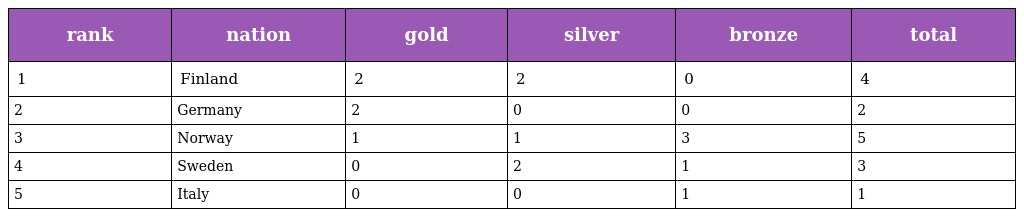
| rank | nation | gold | silver | bronze | total |
 | --- | --- | --- | --- | --- | --- |
 | 1 | Finland | 2 | 2 | 0 | 4 |
 | 2 | Germany | 2 | 0 | 0 | 2 |
 | 3 | Norway | 1 | 1 | 3 | 5 |
 | 4 | Sweden | 0 | 2 | 1 | 3 |
 | 5 | Italy | 0 | 0 | 1 | 1 |